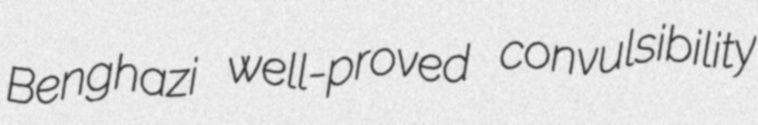
Benghazi well-proved convulsibility